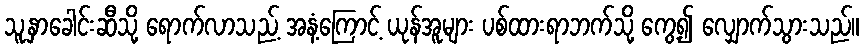
သူ့နှာခေါင်းဆီသို့ ရောက်လာသည့် အနံ့ကြောင့် ယုန်အူများ ပစ်ထားရာဘက်သို့ ကွေ့၍ လျှောက်သွားသည်။